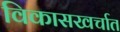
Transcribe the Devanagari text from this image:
विकासखर्चात